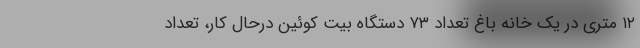
۱۲ متری در یک خانه باغ تعداد ۷۳ دستگاه بیت کوئین درحال کار، تعداد